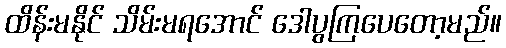
ထိန်းမနိုင် သိမ်းမရအောင် ဒေါပွကြပေတော့မည်။